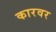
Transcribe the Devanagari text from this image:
कारवर